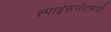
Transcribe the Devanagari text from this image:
स्पाईसजेटमध्ये